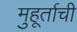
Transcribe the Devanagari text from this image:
मुहूर्ताची